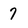
Character: 7